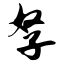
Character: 孥